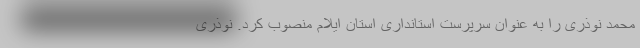
محمد نوذری را به عنوان سرپرست استانداری استان ایلام منصوب کرد. نوذری